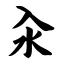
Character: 汆